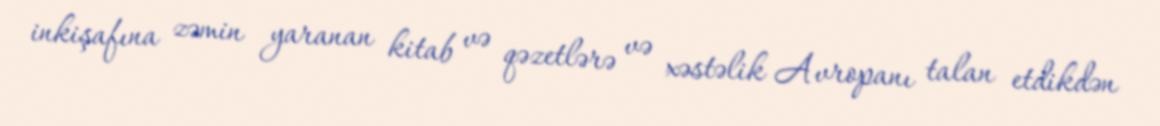
inkişafına zəmin yaranan kitab və qəzetlərə və xəstəlik Avropanı talan etdikdən